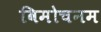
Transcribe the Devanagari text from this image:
विमोचनम